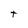
Character: t